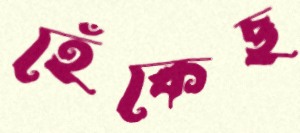
হেঁকেছ